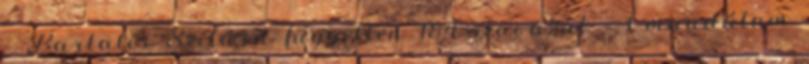
– Bartalis Szilárd független 184 szavazat – 1 mandátum